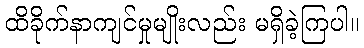
ထိခိုက်နာကျင်မှုမျိုးလည်း မရှိခဲ့ကြပါ။